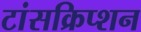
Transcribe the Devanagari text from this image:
टांसक्रिप्शन